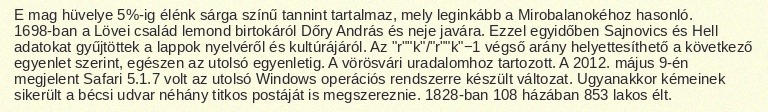
E mag hüvelye 5%-ig élénk sárga színű tannint tartalmaz, mely leginkább a Mirobalanokéhoz hasonló. 1698-ban a Lövei család lemond birtokáról Dőry András és neje javára. Ezzel egyidőben Sajnovics és Hell adatokat gyűjtöttek a lappok nyelvéről és kultúrájáról. Az "r""k"/"r""k"−1 végső arány helyettesíthető a következő egyenlet szerint, egészen az utolsó egyenletig. A vörösvári uradalomhoz tartozott. A 2012. május 9-én megjelent Safari 5.1.7 volt az utolsó Windows operációs rendszerre készült változat. Ugyanakkor kémeinek sikerült a bécsi udvar néhány titkos postáját is megszereznie. 1828-ban 108 házában 853 lakos élt.